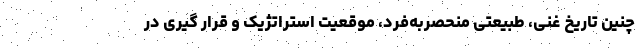
چنین تاریخ غنی، طبیعتی منحصربه‌فرد، موقعیت استراتژیک و قرار گیری در